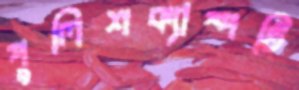
পুলিশক্যাম্পটি